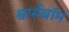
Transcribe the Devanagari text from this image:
श्वार्सबॉम